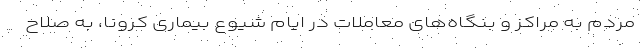
مردم به مراکز و بنگاه‌های معاملات در ایام شیوع بیماری کرونا، به صلاح